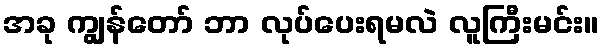
အခု ကျွန်တော် ဘာ လုပ်ပေးရမလဲ လူကြီးမင်း။